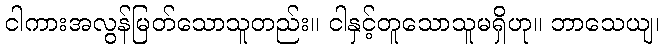
ငါကားအလွန်မြတ်သောသူတည်း။ ငါနှင့်တူသောသူမရှိဟု။ ဘာသေယျ၊